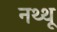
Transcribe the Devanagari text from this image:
नथ्थू